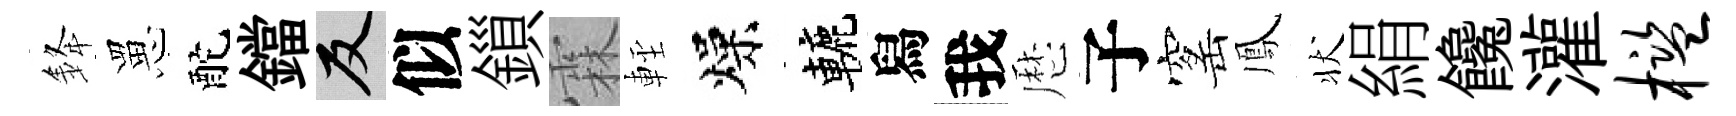
𨦟罳酡鐺反似鎻霖䡖燥轆舄我厯子窰鳳状絹饞灌槛